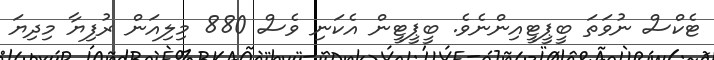
ޓެކްސް ނުވަތަ ބީޕީޓީއިންނެވެ. ބީޕީޓީން އެކަނި ވެސް 880 މިލިއަން ރުފިޔާ މިދިޔަ